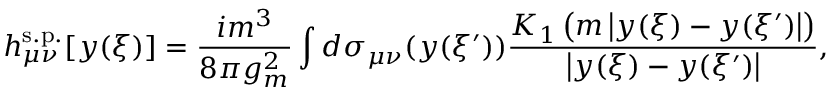
h _ { \mu \nu } ^ { \mathrm { s . p . } } [ y ( \xi ) ] = \frac { i m ^ { 3 } } { 8 \pi g _ { m } ^ { 2 } } \int d \sigma _ { \mu \nu } ( y ( \xi ^ { \prime } ) ) \frac { K _ { 1 } \left( m \left| y ( \xi ) - y ( \xi ^ { \prime } ) \right| \right) } { \left| y ( \xi ) - y ( \xi ^ { \prime } ) \right| } ,